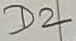
Text: D2